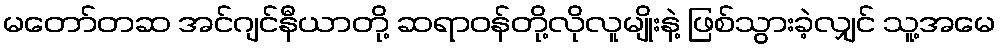
မတော်တဆ အင်ဂျင်နီယာတို့ ဆရာဝန်တို့လိုလူမျိုးနဲ့ ဖြစ်သွားခဲ့လျှင် သူ့အမေ